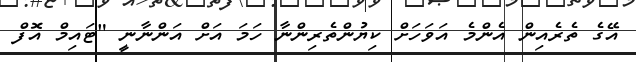
އޭގެ ތެރެއިން އެންމެ އަވަހަށް ކިޔުންތެރިންނާ ހަމަ އަށް އަންނާނީ "ޓައިމް އޮފް